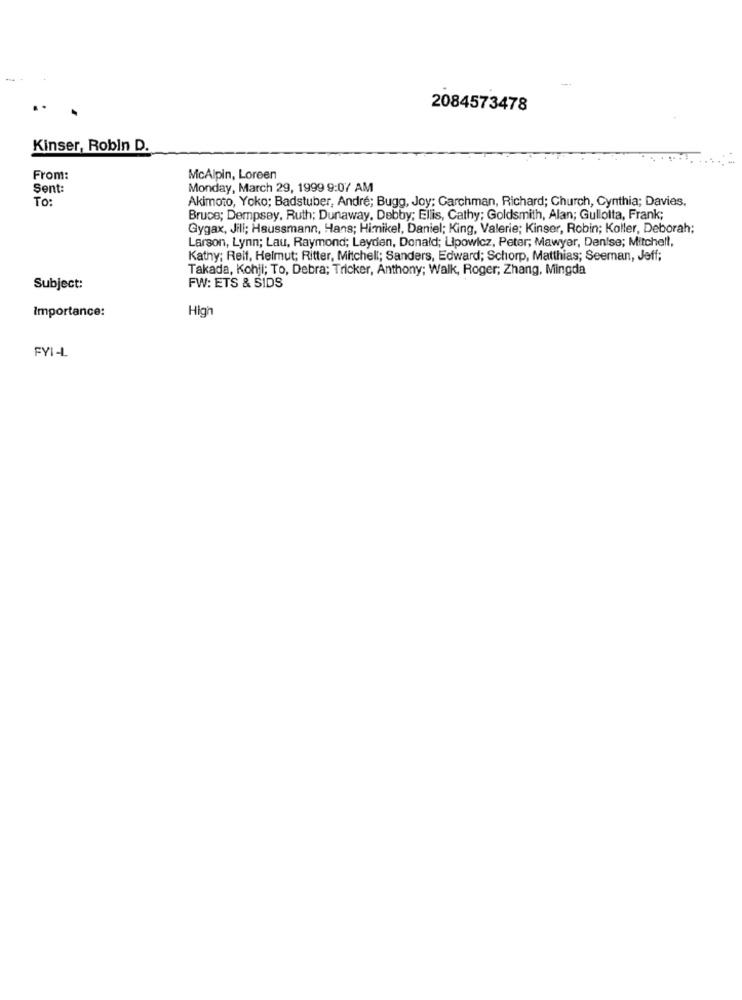
2084573478
Kinser, Robin D.
From:
McAlpin, Loreen
Sent:
Monday, March 29, 1999 9:07 AM
To
Akimoto, Yoko; Badstuber, André; Bugg, Joy; Garchman, Richard; Church, Cynthia; Davies.
Bruce; Dempsey, Ruth; Dunaway, Debby; Ellis, Cathy; Goldsmith, Alan; Gullotta, Frank;
Gygax, Jill; Haussmann, Hans; Himikel, Daniel; King, Valerie; Kinser, Robin; Koller, Deborah;
Larson, Lynn; Lau, Raymond; Leyden, Donald; Lipowicz, Peter; Mawyer, Denise; Mitchell,
Kathy; Relf, Helmut; Ritter, Mitchell; Sanders, Edward; Schorp, Matthias; Seeman, Jeff;
Takada, Kohji; To, Debra; Tricker, Anthony; Walk, Roger; Zhang, Mingda
Subject:
FW: ETS & SIDS
Importance:
High
FYI-L